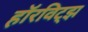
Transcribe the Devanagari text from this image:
हॉरविट्झ